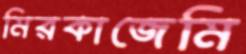
মিরকাজেমি